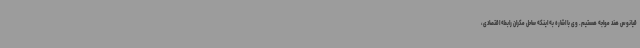
قیانوس هند مواجه هستیم. وی با اشاره به اینکه ساحل مکران رابطه اقتصادی،